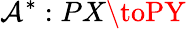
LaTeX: \mathcal{A}^{*}:PX\toPY